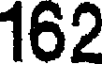
162